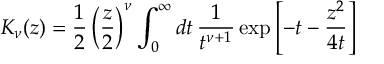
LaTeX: K _ { \nu } ( z ) = \frac { 1 } { 2 } \left( \frac { z } { 2 } \right) ^ { \nu } \int _ { 0 } ^ { \infty } d t \, \frac { 1 } { t ^ { \nu + 1 } } \exp \left[ - t - \frac { z ^ { 2 } } { 4 t } \right]